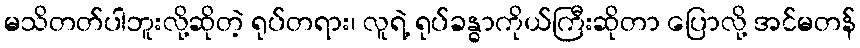
မသိတတ်ပါဘူးလို့ဆိုတဲ့ ရုပ်တရား၊ လူရဲ့ ရုပ်ခန္ဓာကိုယ်ကြီးဆိုတာ ပြောလို့ အင်မတန်